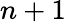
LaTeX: n+1